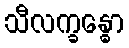
သီလက္ခန္ဓော